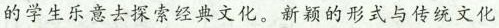
学生乐意去探索经典文化。新颖的形式与传统文化